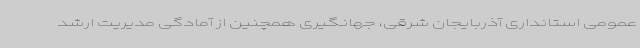
عمومی استانداری آذربایجان شرقی، جهانگیری همچنین از آمادگی مدیریت ارشد